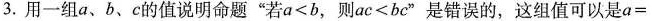
3.用一组a、b、c的值说明命题”若$$a < b$$，则$$a c < b c$$”是错误的，这组值可以是$$a =